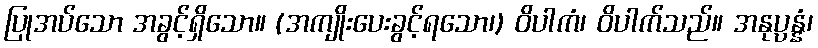
ပြုအပ်သော အခွင့်ရှိသော။ (အကျိုးပေးခွင့်ရသော၊) ဝိပါကံ၊ ဝိပါက်သည်။ အနုပ္ပန္နံ၊